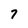
Character: 7